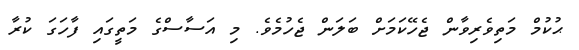
ޙުކުމް މަތިވެރިވާން ޖެހޭކަމަށް ބަލަން ޖެހުމެވެ. މި އަސާސްގެ މަތީގައި ފާހަގަ ކުރާ